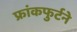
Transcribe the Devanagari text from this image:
फ्रांकफुर्टने